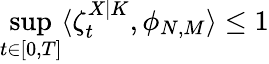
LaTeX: \operatorname*{sup}_{t\in[0,T]}\langle\zeta_{t}^{X|K},\phi_{N,M}\rangle\leq 1